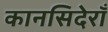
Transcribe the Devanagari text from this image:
कानसिदेराँ